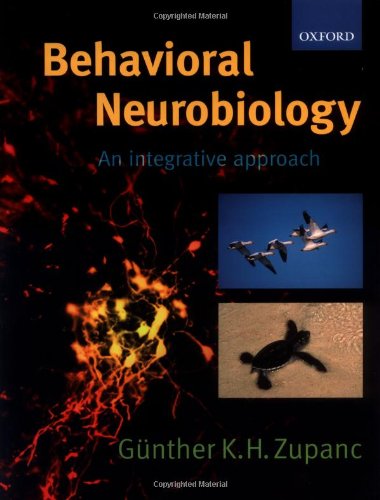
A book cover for Behavioral Neurobiology: An Integrative Approach (Psychology); GÃ¼nther K. H. Zupanc; Medical Books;